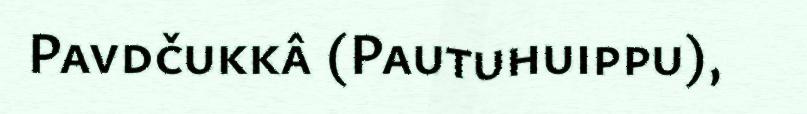
Pavdčukkâ (Pautuhuippu),